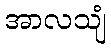
အာလသျံ